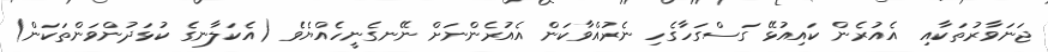
ޖަނަވާރުތަކާއި  އެއުރެން ކައިއުޅޭ ގަސްގަހާގެހި ނެރުއްވާކަން އެއުރެންނަށް ނޭނގެނީހެއްޔެވެ (އެކަލާނގެ ކުޅަދުންވަންތަކަން)